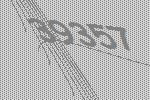
39357